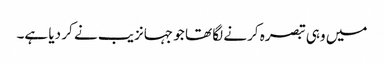
میں وہی تبصرہ کرنے لگا تھا جو جہانزیب نے کر دیا ہے۔